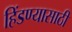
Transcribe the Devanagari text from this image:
हिंडण्यासाठी